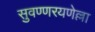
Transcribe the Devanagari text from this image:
सुवण्णरयणेल्ला